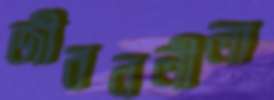
জীবনলীলা